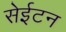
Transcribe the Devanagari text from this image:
सेईटन